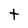
Character: t